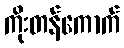
ကိုးတန်ကောက်